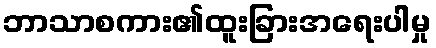
ဘာသာစကား၏ထူးခြားအရေးပါမှု